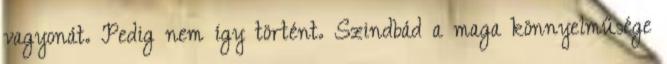
vagyonát. Pedig nem így történt. Szindbád a maga könnyelműsége